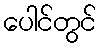
ပေါင်တွင်